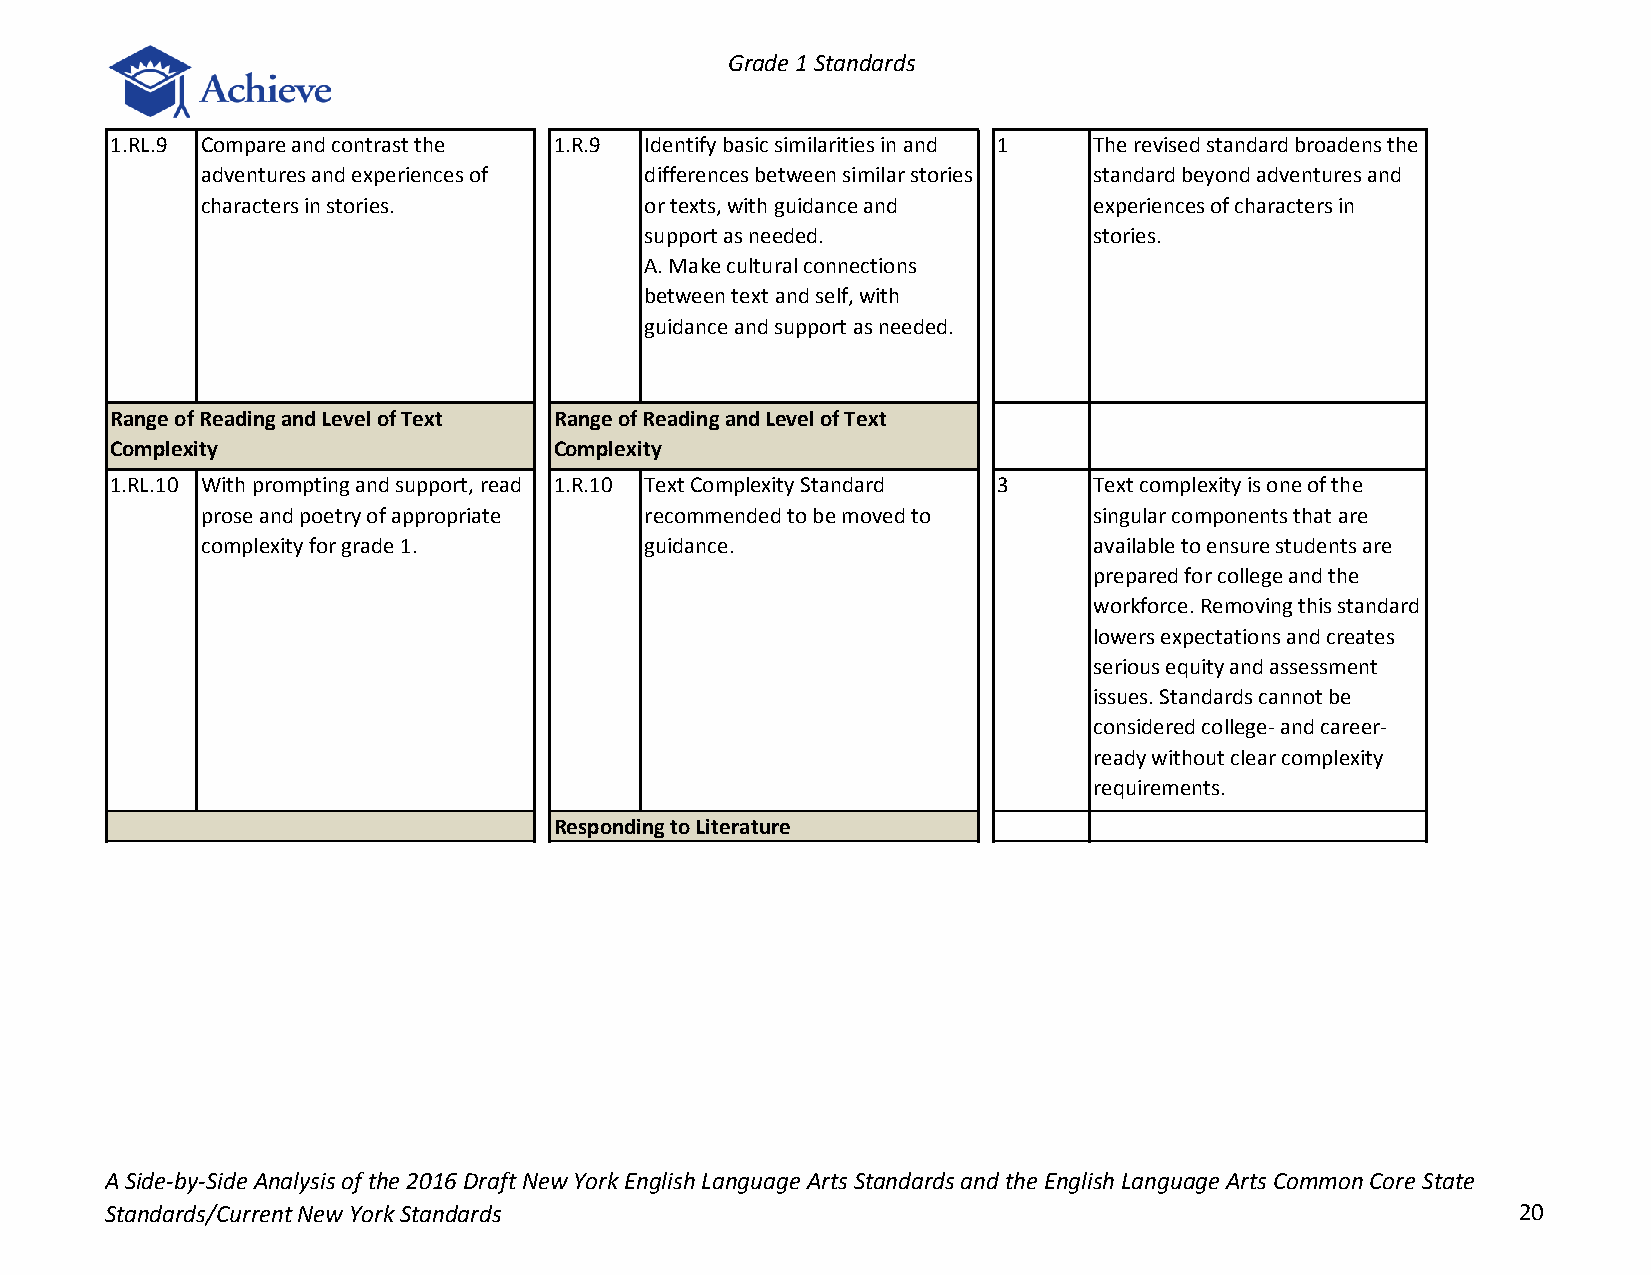
Grade 1 Standards
 1.RL.9 Compare and contrast the 1.R.9 Identify basic similarities in and 1 The revised standard broadens the
 adventures and experiences of differences between similar stories standard beyond adventures and
 characters in stories.        or texts, with guidance and  experiences of characters in
 support as needed.           stories.
 A. Make cultural connections
 between text and self, with
 guidance and support as needed.
 Range of Reading and Level of Text Range of Reading and Level of Text
 Complexity                    Complexity
 1.RL.10 With prompting and support, read 1.R.10 Text Complexity Standard 3 Text complexity is one of the
 prose and poetry of appropriate recommended to be moved to singular components that are
 complexity for grade 1.       guidance.                    available to ensure students are
 prepared for college and the
 workforce. Removing this standard
 lowers expectations and creates
 serious equity and assessment
 issues. Standards cannot be
 considered college- and career-
 ready without clear complexity
 requirements.
 Responding to Literature
 A Side-by-Side Analysis of the 2016 Draft New York English Language Arts Standards and the English Language Arts Common Core State
 Standards/Current New York Standards                                                         20